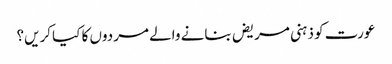
عورت کو ذہنی مریض بنانے والے مردوں کا کیا کریں؟